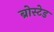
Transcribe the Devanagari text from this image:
ब्रोस्टेड